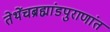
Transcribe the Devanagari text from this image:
तेथेंचब्रह्मांडपुराणांत